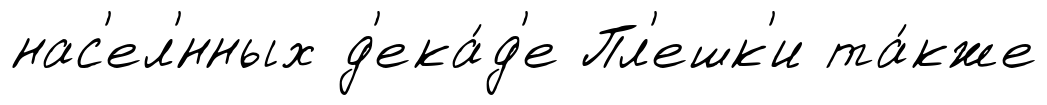
нас'ел'́нных д'ека́д'е Пл'ешк'и та́кже